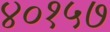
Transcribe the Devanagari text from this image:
४०१५७